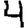
Digit: 4